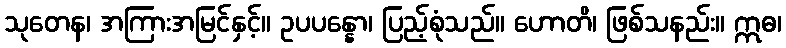
သုတေန၊ အကြားအမြင်နှင့်။ ဥပပန္နော၊ ပြည့်စုံသည်။ ဟောတိ၊ ဖြစ်သနည်း။ ဣဓ၊